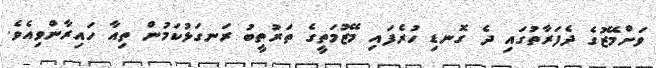
ވަށްމޭޒުގެ ދެފަރާތުގައި ދެ ގޮނޑި ހުރެފައި މޭޒުމަތީގެ ތަރުތީބު ރަނގަޅުކަމުން ތިއާ ހައިރާންވިއެވެ.